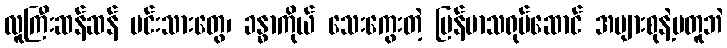
လူကြီးဆန်ဆန် မင်းသားတွေ၊ ခန္ဓာကိုယ် သေးကွေးတဲ့ မြန်မာသရုပ်ဆောင် အများစုနဲ့မတူဘဲ